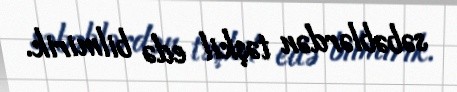
səbəblərdən təşkil edə bilmirik.